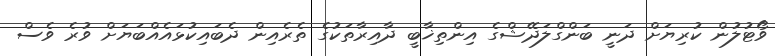
ވޯޓުލުން ކުރިޔަށް ދަނީ ބަންގްލަދޭޝްގެ އިންތިޚާބީ ދާއިރާތަކުގެ ތެރެއިން ދެބައިކުޅައެއްބަޔަށް ވުރެ ވެސް